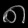
Digit: ၈